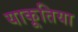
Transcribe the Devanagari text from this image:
याकूतिया